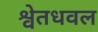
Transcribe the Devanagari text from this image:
श्वेतधवल